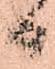
日